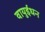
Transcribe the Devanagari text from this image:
वायुईंधन